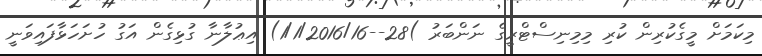
މިކަމަށް މީގެކުރިން ކުރި މިމިނިސްޓްރީގެ ނަންބަރު )28--1/1/2016/16) އިޢުލާނާ ގުޅިގެން އަގު ހުށަހަޅާފައިވަނީ